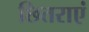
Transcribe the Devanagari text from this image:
छितराएं